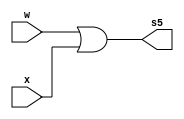
// ------------------------- 
// Exemplo0035 - LU and e or e nand e nor e xnor e xor
// Nome: Pedro Henrique Vilar Locatelli 
// ------------------------- 
// ------------------------- 
// f4_gate 
// ------------------------- 
module orGate (output [3:0] s5, 
			  input [3:0] w, 
			  input [3:0] x); 
 assign s5 = (w | x);         
 	endmodule // orGate 
module xorGate (output [3:0] s2, 
			  input [3:0] w, 
			  input [3:0] x); 
 assign s2 = (w ^ x); 
	endmodule // xorGate 
module xnorGate (output [3:0] s4, 
			  input [3:0] w, 
			  input [3:0] x); 
 assign s4 = ~(w ^ x);         
 	endmodule // xnorGate 
module norGate (output [3:0] s3, 
			  input [3:0] w, 
			  input [3:0] x); 
 assign s3 = ~(w | x); 
	endmodule // norGate 
module andGate (output [3:0] s0, 
			  input [3:0] w, 
			  input [3:0] x); 
 assign s0 = (w & x); 
	endmodule // andGate 
module nandGate (output [3:0] s1, 
			  input [3:0] w, 
			  input [3:0] x); 
 assign s1 = ~(w & x); 
	endmodule // nandGate 
	module test_f5; 
// ------------------------- definir dados 
	reg [3:0] w; 
	reg [3:0] x; 
	wire [3:0] s0; 
	wire [3:0] s1; 
	wire [3:0] s2; 
	wire [3:0] s3; 
	wire [3:0] s4; 
	wire [3:0] s5; 
	orGate ana (s5, w, x);
	norGate mari (s3, w, x);
	xorGate nathalia (s2, w, x);
	xnorGate norberta (s4, w, x);
	nandGate catarina (s1, w, x);
	andGate olivia (s0, w, x);
// ------------------------- parte principal 
initial begin 
	$display("Exemplo0035 - Pedro Henrique Vilar Locatelli - 427453"); 
	$display("Test LU's module"); 
	w = 4'b0011; x = 4'b0101;
		// projetar testes do modulo 
	$display("%b or %b  = %b", w, x, s5); 
	$display("%b nor %b  = %b", w, x, s3); 
	$display("%b xor %b  = %b", w, x, s2); 
	$display("%b xnor %b  = %b", w, x, s4); 
	$display("%b nand %b  = %b", w, x, s0); 
	$display("%b and %b  = %b", w, x, s1); 
end 
endmodule // test_f5